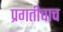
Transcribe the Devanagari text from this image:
प्रगतीचाच